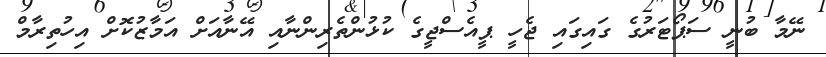
ނޭމާ ބުނީ ސަޕޯޓަރުގެ ގައިގައި ޖެހީ ޕީއެސްޖީގެ ކުޅުންތެރިންނާއި އޭނާއަށް އަމާޒުކޮށް އިހުތިރާމް